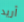
أريد